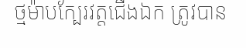
ថ្មម៉ាបក្បែរវត្តជើងឯក ត្រូវបាន